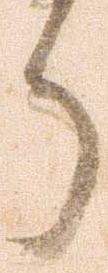
ら